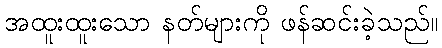
အထူးထူးသော နတ်များကို ဖန်ဆင်းခဲ့သည်။